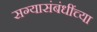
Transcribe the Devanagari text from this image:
सग्यासंबंधींच्या